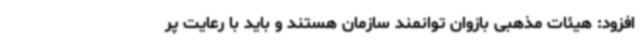
افزود: هیئات مذهبی بازوان توانمند سازمان هستند و باید با رعایت پر